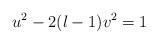
LaTeX: \begin{align*}u^{2}-2(l-1)v^{2}=1\end{align*}